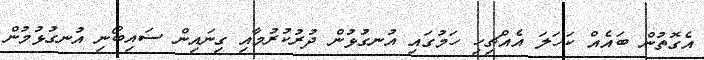
އެގޮތުން ބައެއް ކަހަލަ އެއްޗިހި ހަމުގައި އުނގުޅުން ދުރުކުރުމާއި ގިނައިން ސައިބޯނި އުނގުޅުމުން